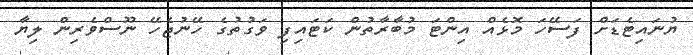
ޔުނައިޓެޑަށް ފަސޭހަ މޮޅެއް އިންޓަ މުބާރާތުން ކަޓައިފި ވަގުތުގެ ހޭނުޖެހޭ ނޫސްވެރިން ލިޔާ